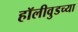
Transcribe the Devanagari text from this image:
हॉलीवुडच्या